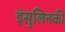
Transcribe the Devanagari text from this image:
इंसुलिनकी